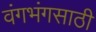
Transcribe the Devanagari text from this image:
वंगभंगसाठी